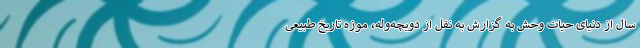
سال از دنیای حیات وحش به گزارش به نقل از دویچه‌وله، موزه تاریخ طبیعی